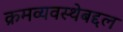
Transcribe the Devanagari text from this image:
क्रमव्यवस्थेबद्दल